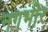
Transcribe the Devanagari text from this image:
नगभीर